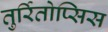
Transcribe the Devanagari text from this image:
तुर्रितोप्सिस